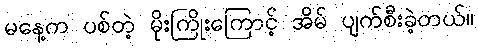
မနေ့က ပစ်တဲ့ မိုးကြိုးကြောင့် အိမ် ပျက်စီးခဲ့တယ်။